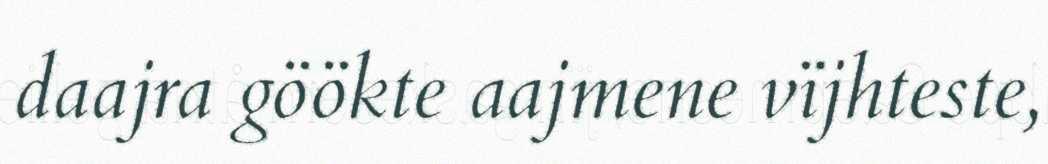
daajra göökte aajmene vïjhteste,